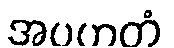
အပဟတံ